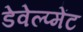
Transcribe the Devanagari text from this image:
डेवेल्प्मेंट